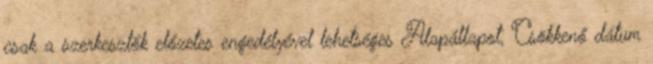
csak a szerkesztők előzetes engedélyével lehetséges Alapállapot, Csökkenő dátum